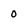
Character: o